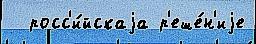
  росс'и́йскаjа р'еше́н'иjе